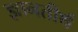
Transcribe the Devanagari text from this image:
ज्ञानतीर्थ